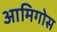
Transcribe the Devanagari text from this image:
आमिगोस